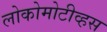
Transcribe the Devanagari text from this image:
लोकोमोटीव्हस